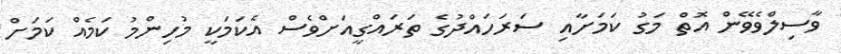
ވާސިލްވެވޭން އޮތް މަގު ކަމަށާއި ސަރަހައްދުގެ ތަރައްގީއަށްވެސް އެކަމަކީ މުހިންމު ކަމެއް ކަމަށް